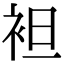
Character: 袒